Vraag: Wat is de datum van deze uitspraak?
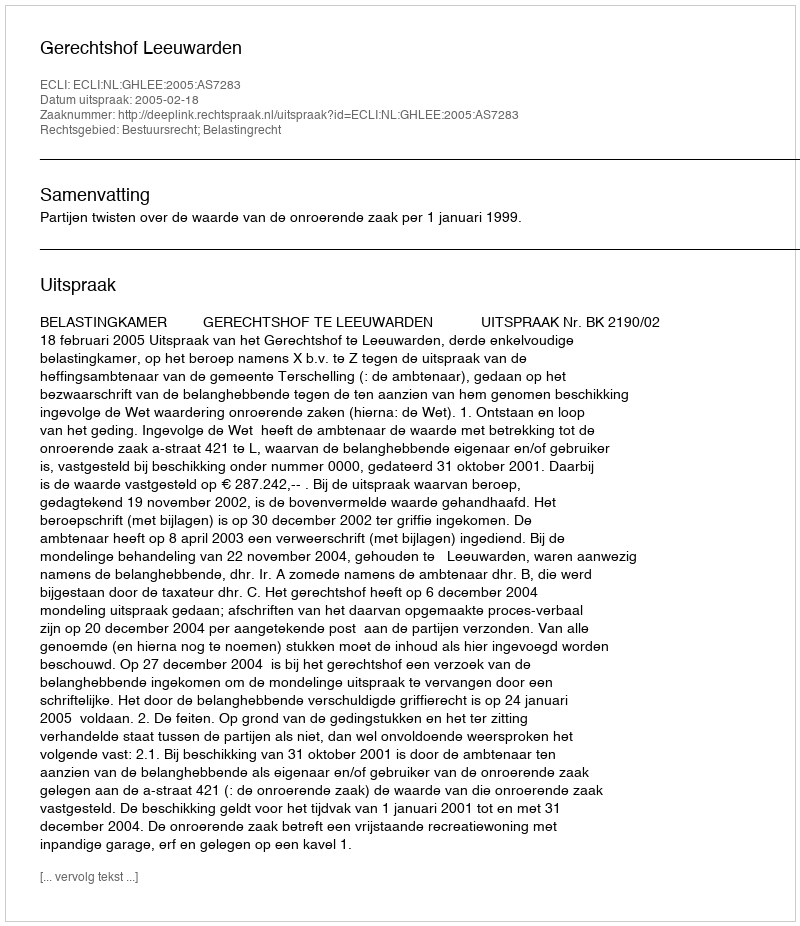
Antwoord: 2005-02-18